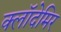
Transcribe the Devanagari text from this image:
क्लॉदेमिर